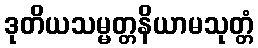
ဒုတိယသမ္မတ္တနိယာမသုတ္တံ